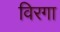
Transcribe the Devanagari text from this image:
विरगा